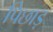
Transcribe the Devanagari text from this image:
पिछाड़